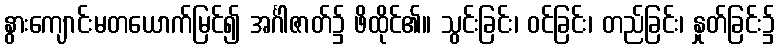
နွားကျောင်းမတယောက်မြင်၍ အင်္ဂါဇာတ်၌ ဖိထိုင်၏။ သွင်းခြင်း၊ ဝင်ခြင်း၊ တည်ခြင်း၊ နှုတ်ခြင်း၌